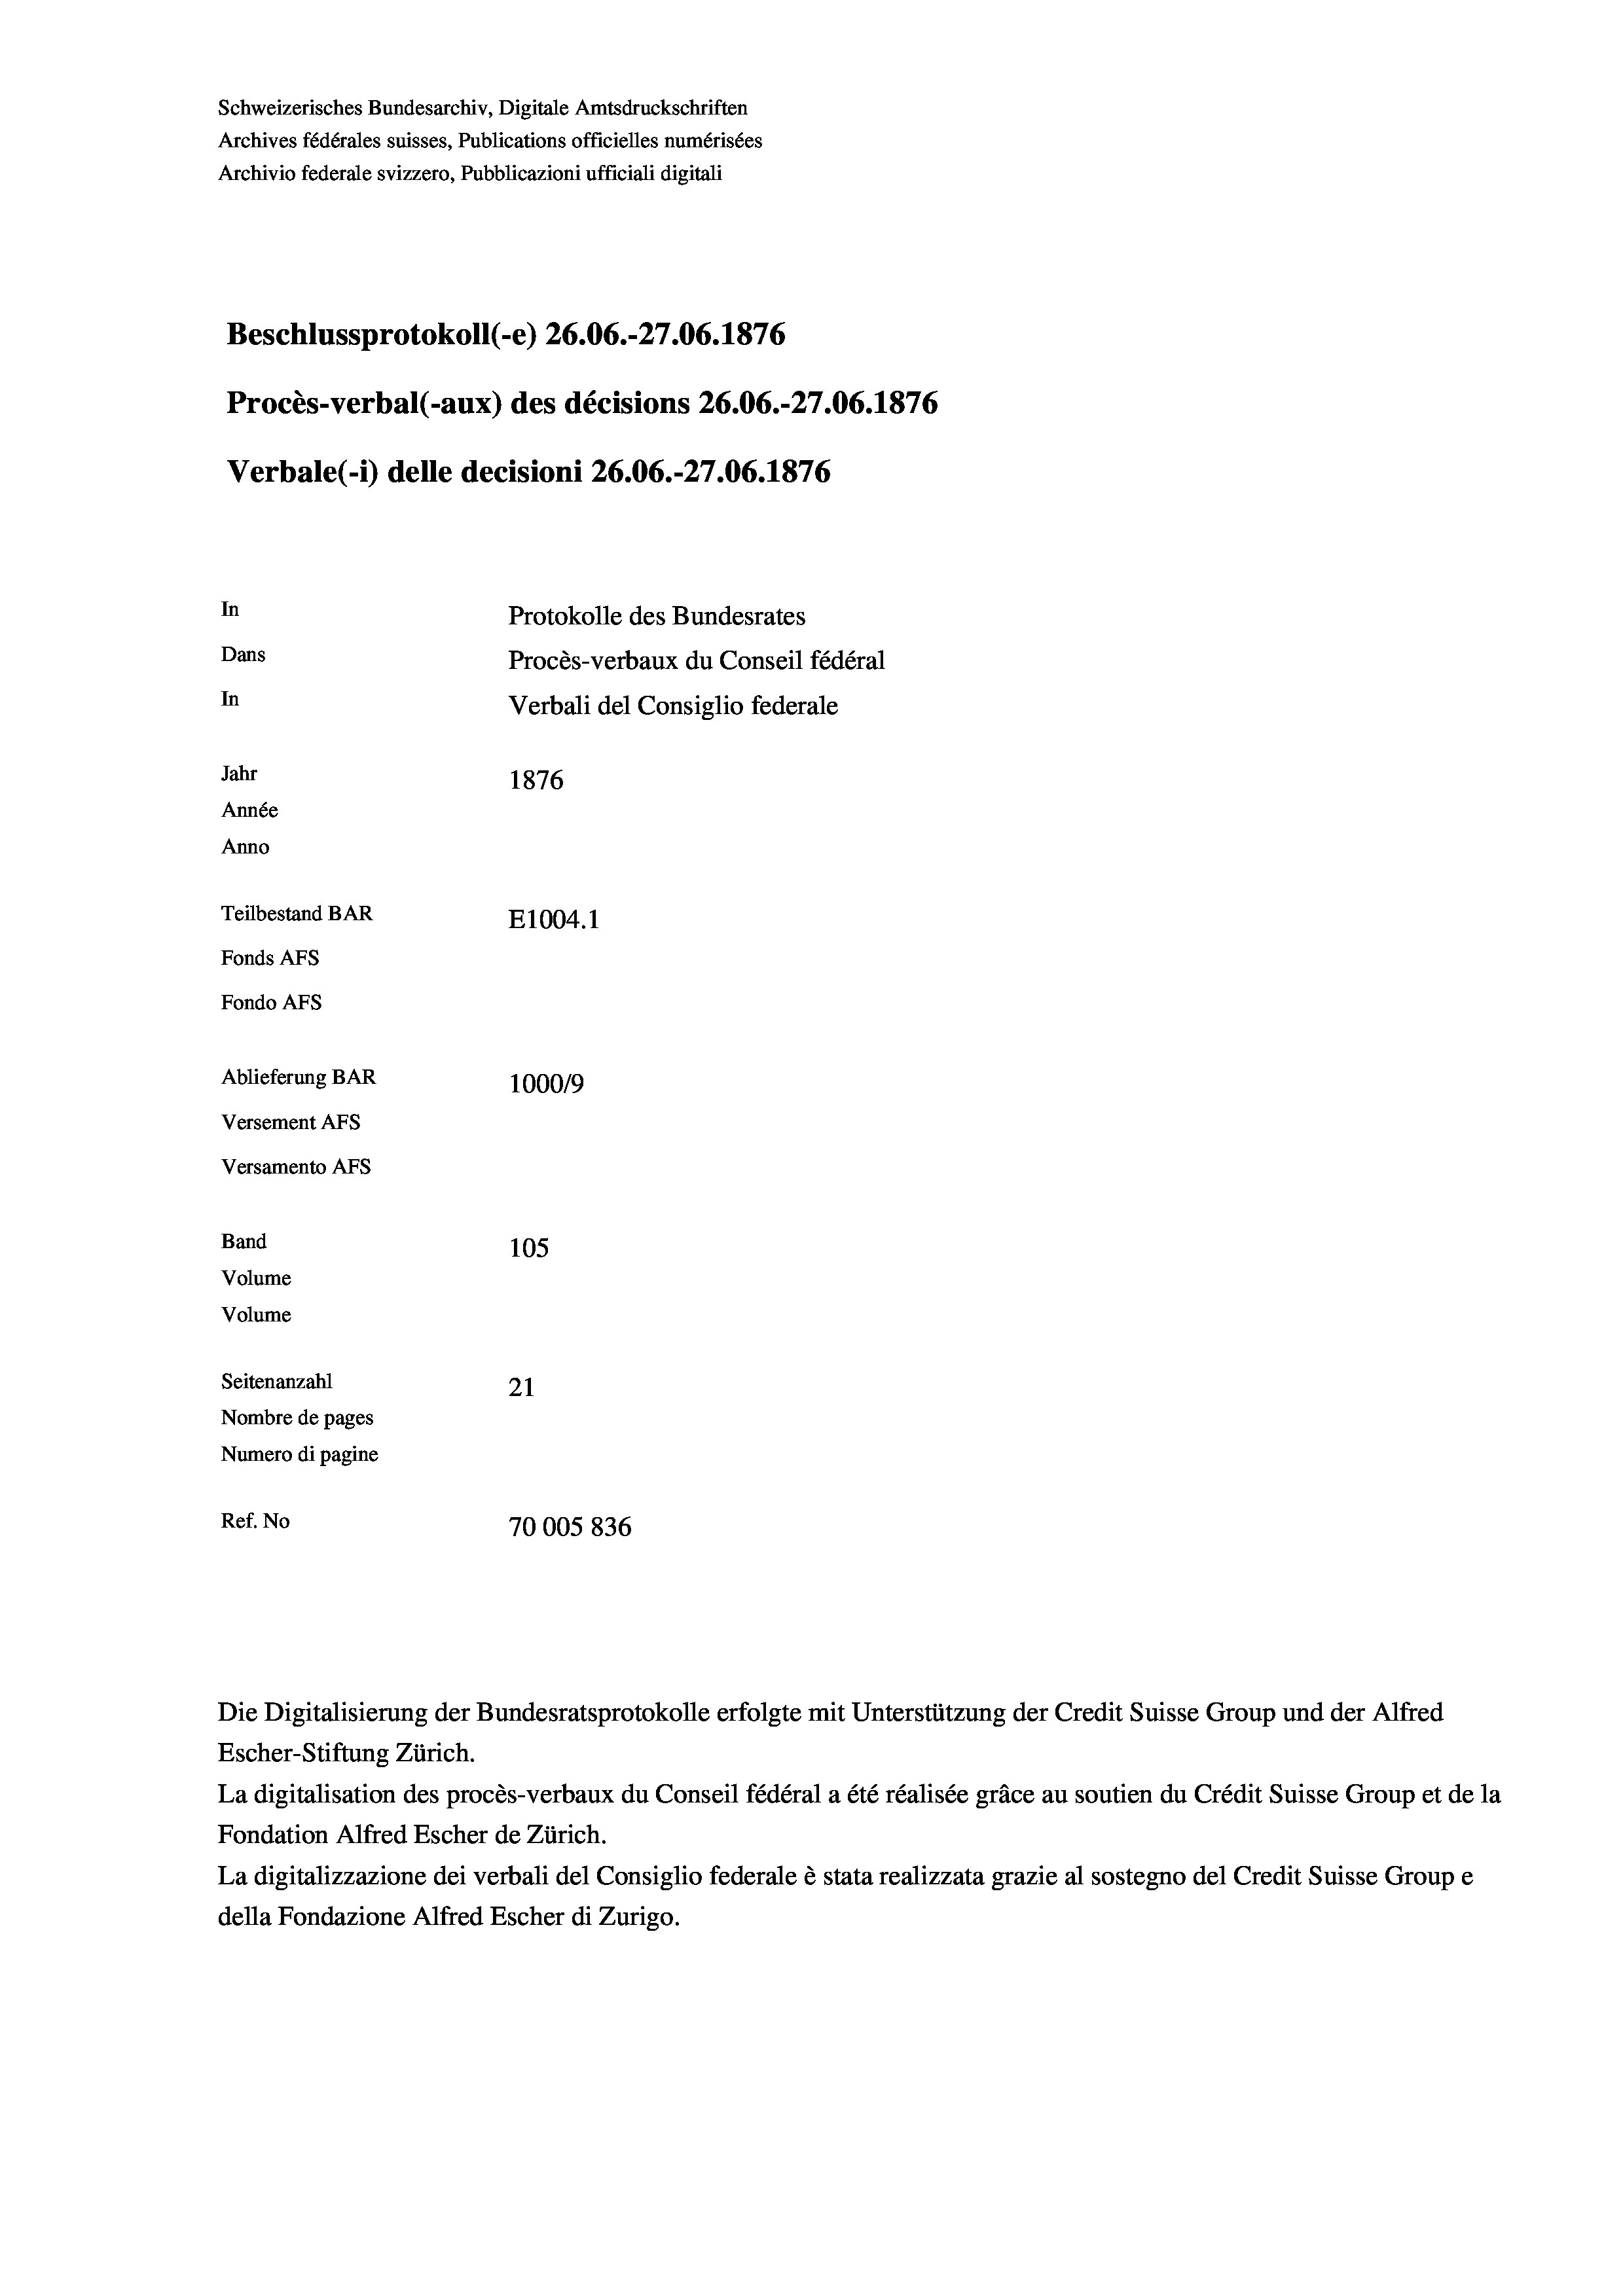
Schweizerisches Bundesarchiv, Digitale Amtsdruckschriften
Archives fédérales suisses, Publications officielles numérisées
Archivio federale svizzero, Pubblicazioni ufficiali digitali
Beschlussprotokoll (-e) 26.06.-27.06. 1876
Procès-verbal (-aux) des décisions 26.06.-27.06. 1876
Verbale(-*) delle decisioni 26.06.-27.06. 1876
In
Protokolle des Bundesrates
Dans
Procès-verbaux du Conseil fédéral
In
Verbali del Consiglio federale
Jahr
1876
Année
Anno
Teilbestand BAR
E1004.1
Fonds AFs
Fondo Afs
Ablieferung BAR
100019
Versement AFs
Versamento AFs
Band
105
Volume

Volume

Seitenanzahl
21
Nombre de pages
Numero di pagine
Ref. No
70005 836

Escher-Stiftung Zürich.
La digitalisation des procès-verbaux du Conseil fédéral a été réalisée gräce au soutien du Crédit Suisse Group et de la
Fondation Alfred Escher de Zürich.
La digitalizzazione dei verbali del Consiglio federale è stata realizzata grazie al sostegno del Credit Suisse Groupe
della Fondazione Alfred Escher di Zurigo.

Die Digitalisierung der Bundesratsprotokolle erfolgte mit Unterstützung der Credit Suisse Group und der Alfred